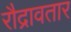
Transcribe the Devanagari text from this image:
रौद्रावतार